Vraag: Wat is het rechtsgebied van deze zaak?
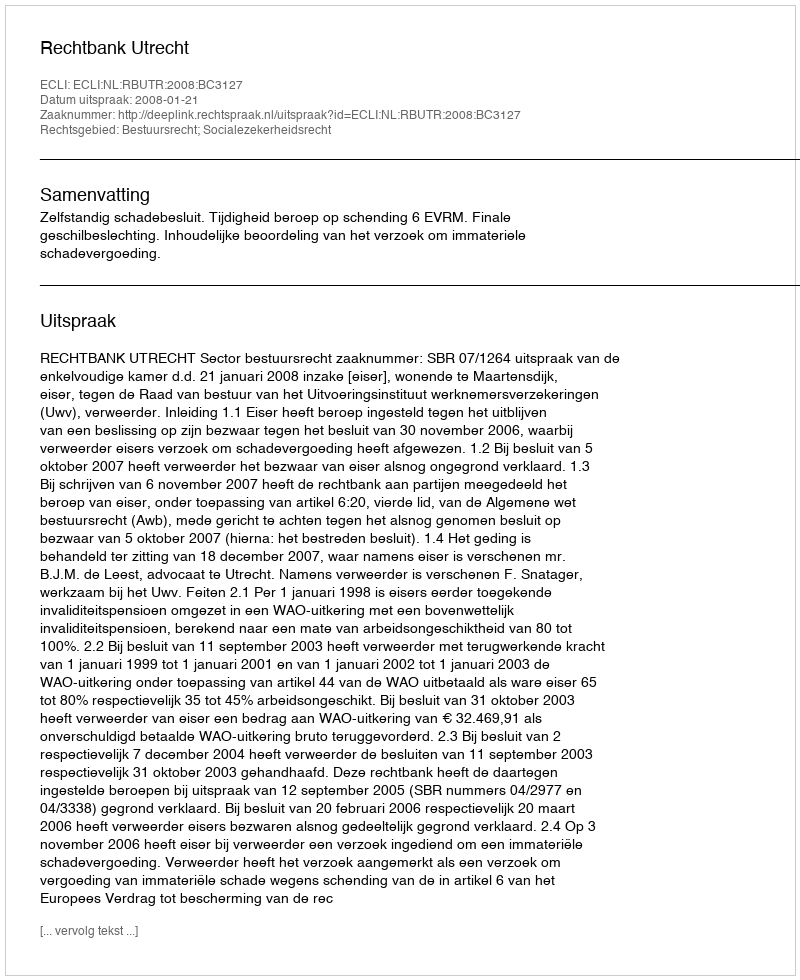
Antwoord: Bestuursrecht; Socialezekerheidsrecht